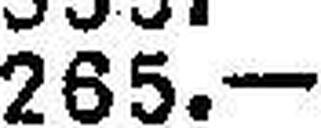
265.—